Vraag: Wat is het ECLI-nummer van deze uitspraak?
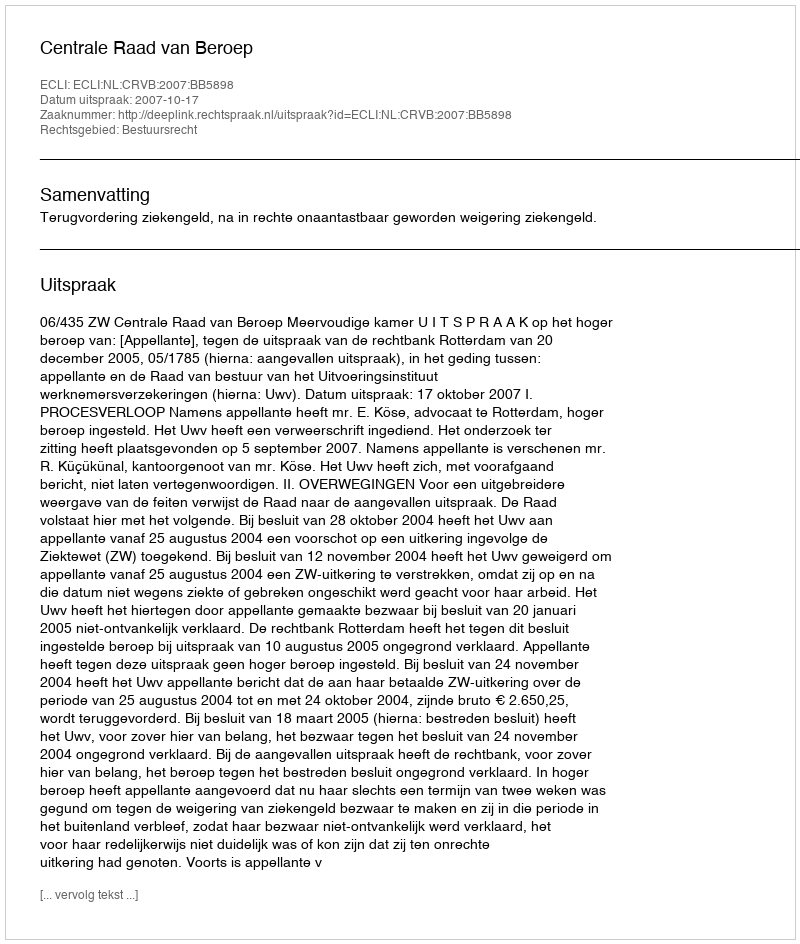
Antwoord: ECLI:NL:CRVB:2007:BB5898